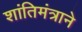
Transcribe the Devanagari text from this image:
शांतिमंत्राने